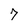
Character: 7